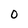
Character: O